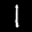
Label: 1